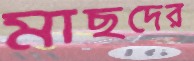
মাছদের